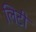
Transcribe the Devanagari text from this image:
लिटी